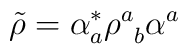
\tilde{\rho} = \alpha^*_a \rho^a_{\;\;b} \alpha^a